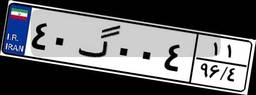
۶۵گ۰۱۶۱۴